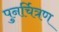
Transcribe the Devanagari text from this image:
पुनर्चित्रण